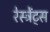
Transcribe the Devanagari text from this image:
रेस्ट्रेंट्स